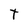
Character: T